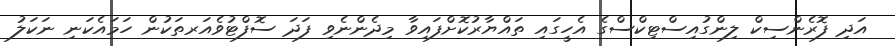
އަދި ފޮރެންސިކް ލިންގުއިސްޓިކްސްގެ އެހީގައި ތައްޔާރުކޮށްފައިވާ މިދެންނެވި ފަދަ ސޮފްޓުވެއަރތަކުން ހަމައެކަނި ނަކަލު